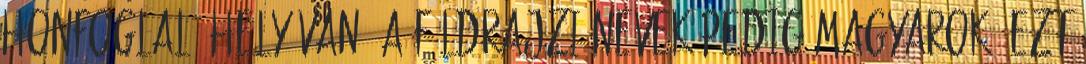
honfoglaló hely van, a földrajzi nevek pedig magyarok. Ezt